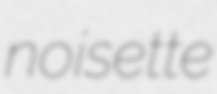
noisette